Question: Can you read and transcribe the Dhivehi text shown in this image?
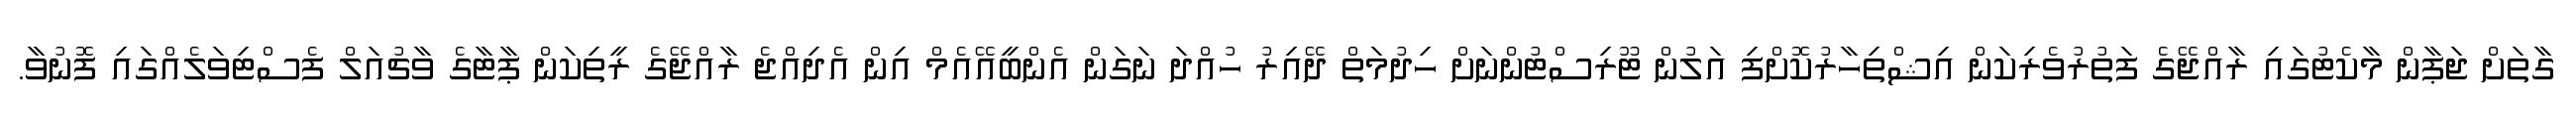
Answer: ގާތަށް ޖަޕާން މާކެޓުގައި ރާއްޖޭގެ ފަތުރުވެރިކަން އިޝްތިހާރުކޮށްފި އަލުން ޓޫރިސްޓުންނަށް ހިދުމަތް ދޭއިރު ހުއްދަ ނަގަން އެންބީއޭއެމް އިން އެދިއްޖެ ރާއްޖޭގެ ރީތިކަން ޕާޓާގެ ވާޗުއަލް ފެސްޓިވަލެއްގައި ފޮނުވާ.